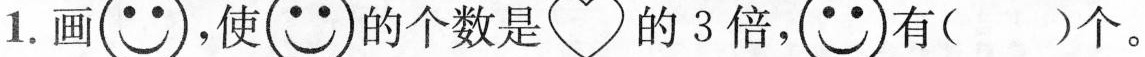
1.画 ，使 的个数是 的3倍， 有()个。